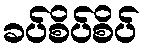
ခပ်စိပ်စိပ်